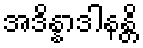
အဒိန္နာဒါနန္တိ